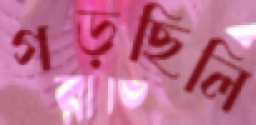
গড়ছিলি